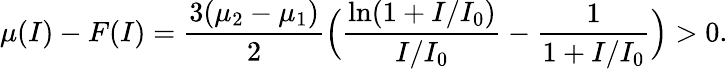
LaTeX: \mu(I)-F(I)=\frac{3(\mu_{2}-\mu_{1})}{2}\Big(\frac{\ln(1+I/I_{0})}{I/I_{0}}-\frac{1}{1+I/I_{0}}\Big)>0.